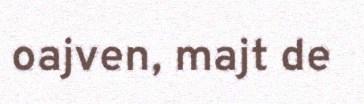
oajven, majt de